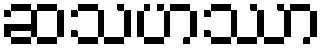
ဆသဟဿာ